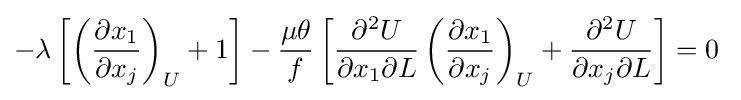
-\lambda \left[\left({\frac {\partial x_{1}}{\partial x_{j}}}\right)_{U}+1\right]-{\frac {\mu \theta }{f}}\left[{\frac {\partial ^{2}U}{\partial x_{1}\partial L}}\left({\frac {\partial x_{1}}{\partial x_{j}}}\right)_{U}+{\frac {\partial ^{2}U}{\partial x_{j}\partial L}}\right]=0\;